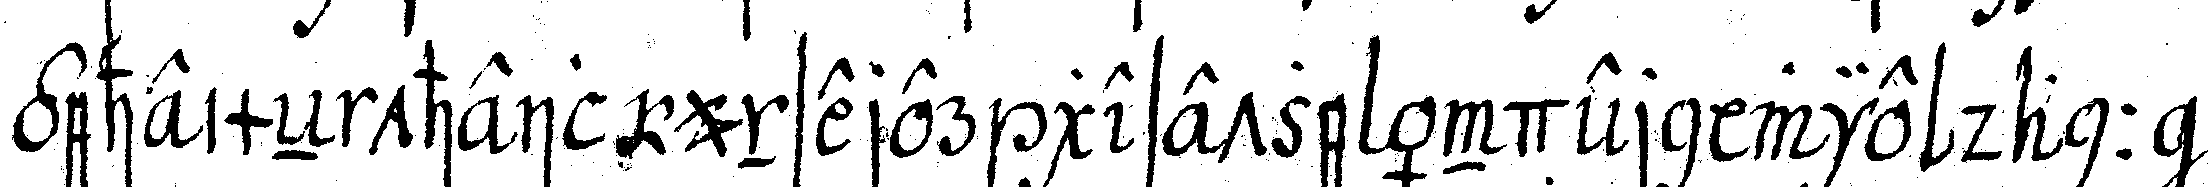
geheimeN theil unserer gesetze ändern wie dann